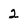
Character: 2